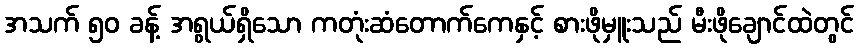
အသက် ၅၀ ခန့် အရွယ်ရှိသော ကတုံးဆံတောက်ကေနှင့် စားဖိုမှူးသည် မီးဖိုချောင်ထဲတွင်